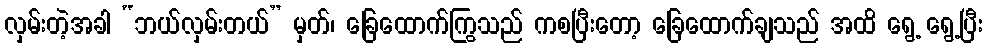
လှမ်းတဲ့အခါ “ဘယ်လှမ်းတယ်” မှတ်၊ ခြေထောက်ကြွသည် ကစပြီးတော့ ခြေထောက်ချသည် အထိ ရွေ့ ရွေ့ပြီး